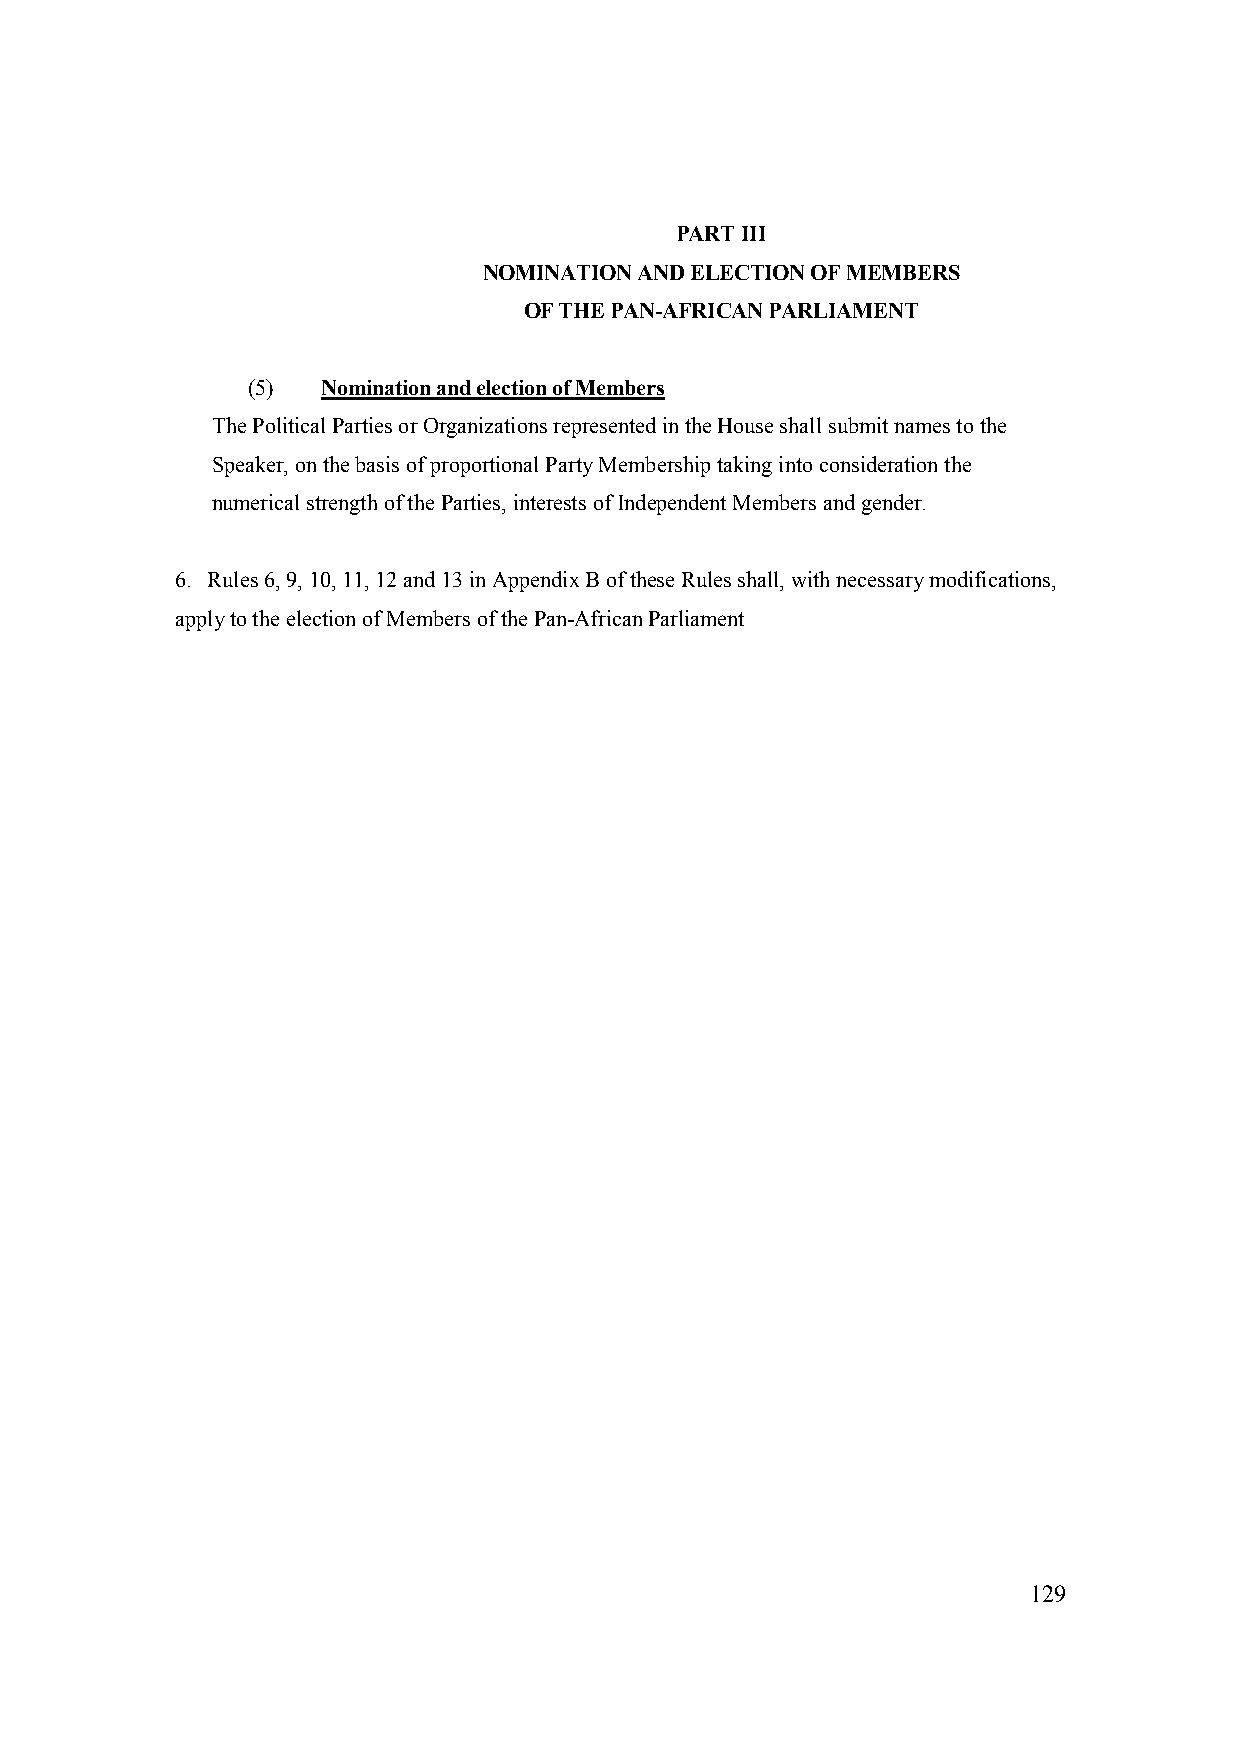
PART III
 NOMINATION AND ELECTION OF MEMBERS
 OF THE PAN-AFRICAN PARLIAMENT
 (5)  Nomination and election of Members
 The Political Parties or Organizations represented in the House shall submit names to the
 Speaker, on the basis of proportional Party Membership taking into consideration the
 numerical strength of the Parties, interests of Independent Members and gender.
 6. Rules 6, 9, 10, 11, 12 and 13 in Appendix B of these Rules shall, with necessary modifications,
 apply to the election of Members of the Pan-African Parliament
 129